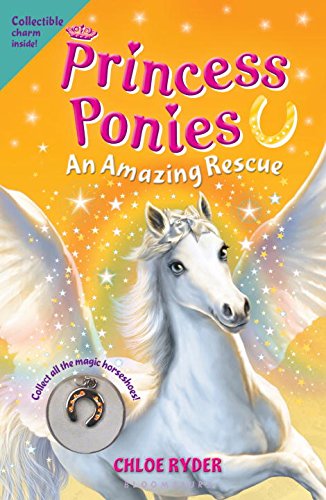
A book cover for Princess Ponies 5: An Amazing Rescue; Chloe Ryder; Children's Books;